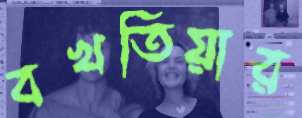
বখতিয়ার